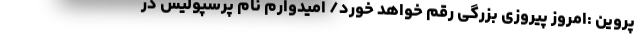
پروین :امروز پیروزی بزرگی رقم خواهد خورد/ امیدوارم نام پرسپولیس در